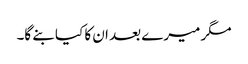
مگر میرے بعد ان کا کیا بنے گا۔